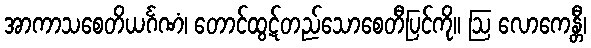
အာကာသစေတိယင်္ဂဏံ၊ တောင်ထွဋ်တည်သောစေတီပြင်ကို။ ဩ လောကေန္တီ၊